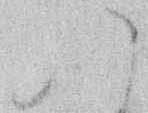
い